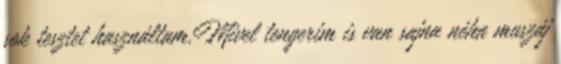
sok tesztet használtam.Mivel tengerim is van sajna néha muszáj